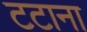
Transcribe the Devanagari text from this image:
टटाना